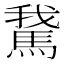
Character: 𩣨